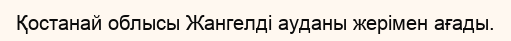
Қостанай облысы Жангелді ауданы жерімен ағады.